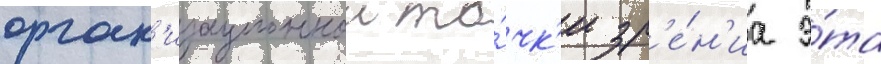
орган'изационнои то́чк'и зр'е́н'иа э́та